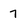
Character: 7